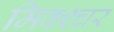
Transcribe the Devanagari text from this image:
मिक्‍श्‍चर